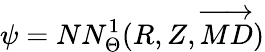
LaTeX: \psi=NN_{\Theta}^{1}(R,Z,\overrightarrow{MD})